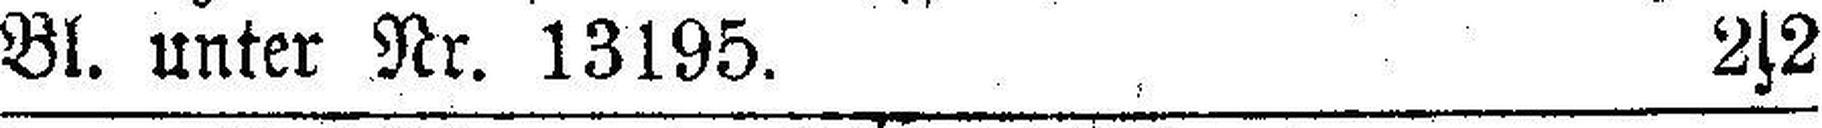
Bl. unter Nr. 13195. 2s2